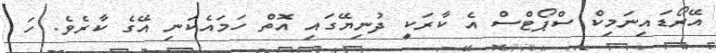
އޭރޯޑައިނަމިކް ސްޕޯޓްސް އެ ކާރަކީ ދުނިޔޭގައި އޮތް ހަމައެކަނި އޭގެ ކާރެވެ. ހަ